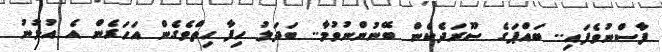
ފާސްނުވެެެެެފައި.. ބައްްްޕަގެ ސޫރަދެކެން ބޭނުންނުވުމާ.. ބަދަލު ހިފާ ހިތްވެގެން އަހަރެން އެ އުޅުނު